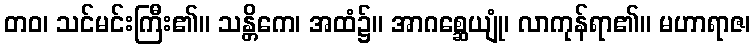
တဝ၊ သင်မင်းကြီး၏။ သန္တိကေ၊ အထံ၌။ အာဂစ္ဆေယျုံ၊ လာကုန်ရာ၏။ မဟာရာဇ၊